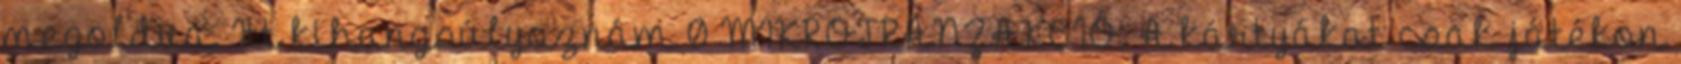
megoldva. Itt kihangsúlyoznám 0 MIKROTRANZAKCIÓ. A kártyákat csak játékon